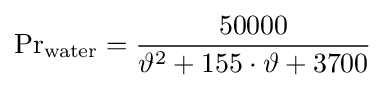
\mathrm {Pr} _{\text{water}}={\frac {50000}{\vartheta ^{2}+155\cdot \vartheta +3700}}